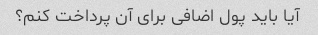
آیا باید پول اضافی برای آن پرداخت کنم؟